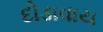
દોડાવાય